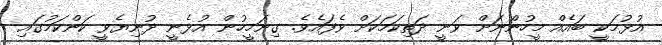
އުޅުމަކީ ބައެއް މީހުންނަށް ވަނީ ދަތިކަމަކަށް ވެފައެވެ. ގިނަމީހުން އުޅެނީ ދުނިޔެވީ ކަންކަމުގައި